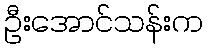
ဦးအောင်သန်းက